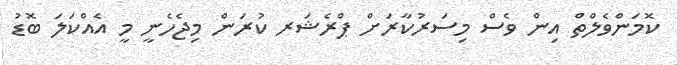
ކޮމަންވެލްތް އިން ވެސް މިސަރުކާރަށް ޕްރެޝަރ ކުރަން މިޖެހެނީ މީ އެއްކަލަ ބޮޑު